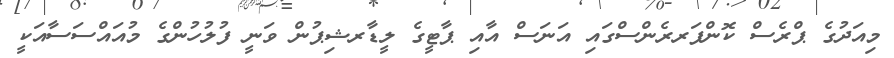
މިއަދުގެ ޕްރެސް ކޮންފަރރެންސްގައި އަނަސް އާއި ޕާޓީގެ ލީޑާރޝިޕުން ވަނީ ފުލުހުންގެ މުއައްސަސާއަކީ